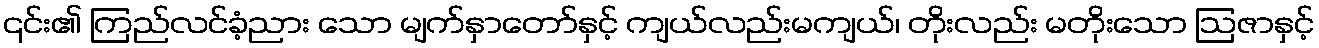
၎င်း၏ ကြည်လင်ခံ့ညား သော မျက်နှာတော်နှင့် ကျယ်လည်းမကျယ်၊ တိုးလည်း မတိုးသော ဩဇာနှင့်